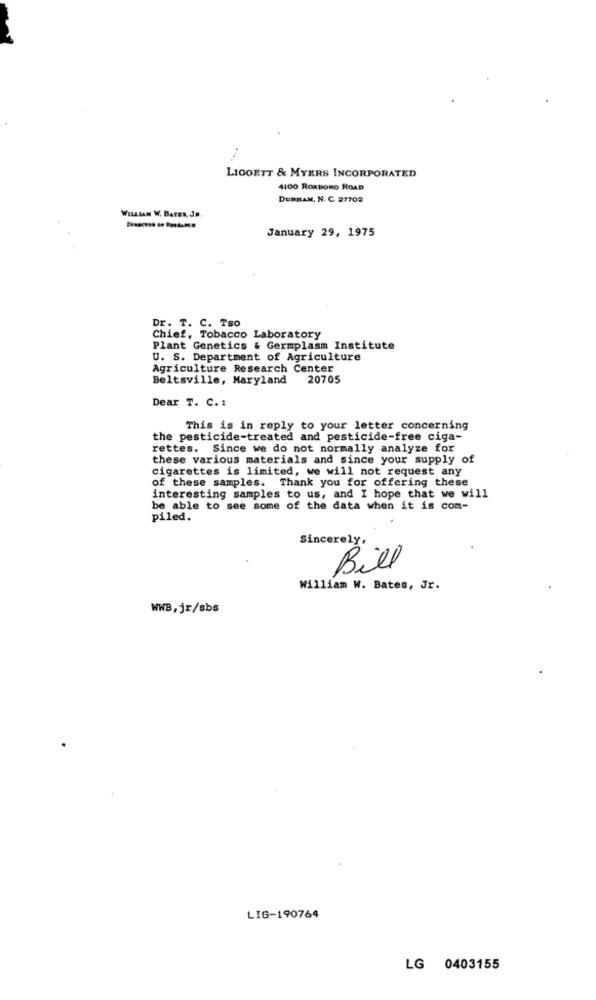
LIGOETT & MYERS INCORPORATED
4100 ROXBORO ROAD
DURRAM, N. C. 27702
WILLIAN W. BATES, JR
January 29, 1975
Dr. T. C. Tso
Chief, Tobacco Laboratory
Plant Genetics & Germplasm Institute
U. S. Department of Agriculture
Agriculture Research Center
Beltsville, Maryland
20705
Dear T. C. :
This is in reply to your letter concerning
the pesticide-treated and pesticide-free ciga-
rettes. Since we do not normally analyze for
these various materials and since your supply of
cigarettes is limited, we will not request any
of these samples. Thank you for offering these
interesting samples to us, and I hope that we will
be able to see some of the data when it is com-
piled.
Sincerely,
Bill
William W. Bates, Jr.
WWB,jr/sbs
LIG-190764
LG 0403155